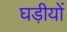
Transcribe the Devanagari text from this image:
घड़ीयों